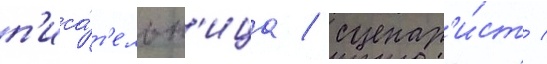
п'иса́т'ельн'ица / сценар'и́ст /